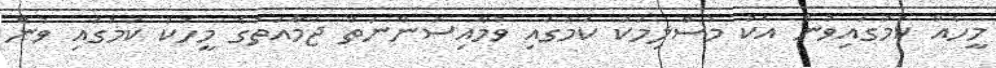
މީހެއް ކަމުގައިވުން އެކު މުސްލިމަކު ކަމުގައި ވުމާއިސުންނަތް ޖަމާއަތުގެ މީހަކު ކަމުގައި ވުން